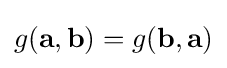
g(\mathbf {a} ,\mathbf {b} )=g(\mathbf {b} ,\mathbf {a} )